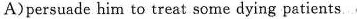
A)persuade him to treat some dying patients